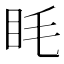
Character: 眊